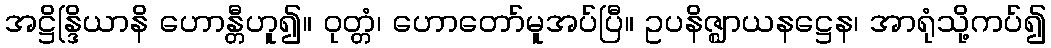
အဋ္ဌိန္ဒြိယာနိ ဟောန္တီဟူ၍။ ဝုတ္တံ၊ ဟောတော်မူအပ်ပြီ။ ဥပနိဇ္ဈာယနဋ္ဌေန၊ အာရုံသို့ကပ်၍